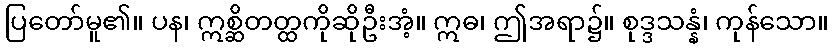
ပြတော်မူ၏။ ပန၊ ဣစ္ဆိတတ္ထကိုဆိုဦးအံ့။ ဣဓ၊ ဤအရာ၌။ စုဒ္ဒသန္နံ၊ ကုန်သော။